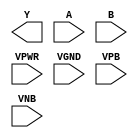
module sky130_fd_sc_ls__nor2 (
    Y   ,
    A   ,
    B   ,
    VPWR,
    VGND,
    VPB ,
    VNB
);

    output Y   ;
    input  A   ;
    input  B   ;
    input  VPWR;
    input  VGND;
    input  VPB ;
    input  VNB ;
endmodule